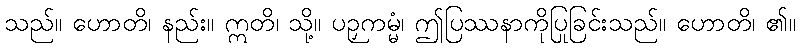
သည်။ ဟောတိ၊ နည်း။ ဣတိ၊ သို့။ ပဉှကမ္မံ၊ ဤပြဿနာကိုပြုခြင်းသည်။ ဟောတိ၊ ၏။